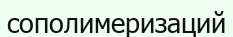
сополимеризаций